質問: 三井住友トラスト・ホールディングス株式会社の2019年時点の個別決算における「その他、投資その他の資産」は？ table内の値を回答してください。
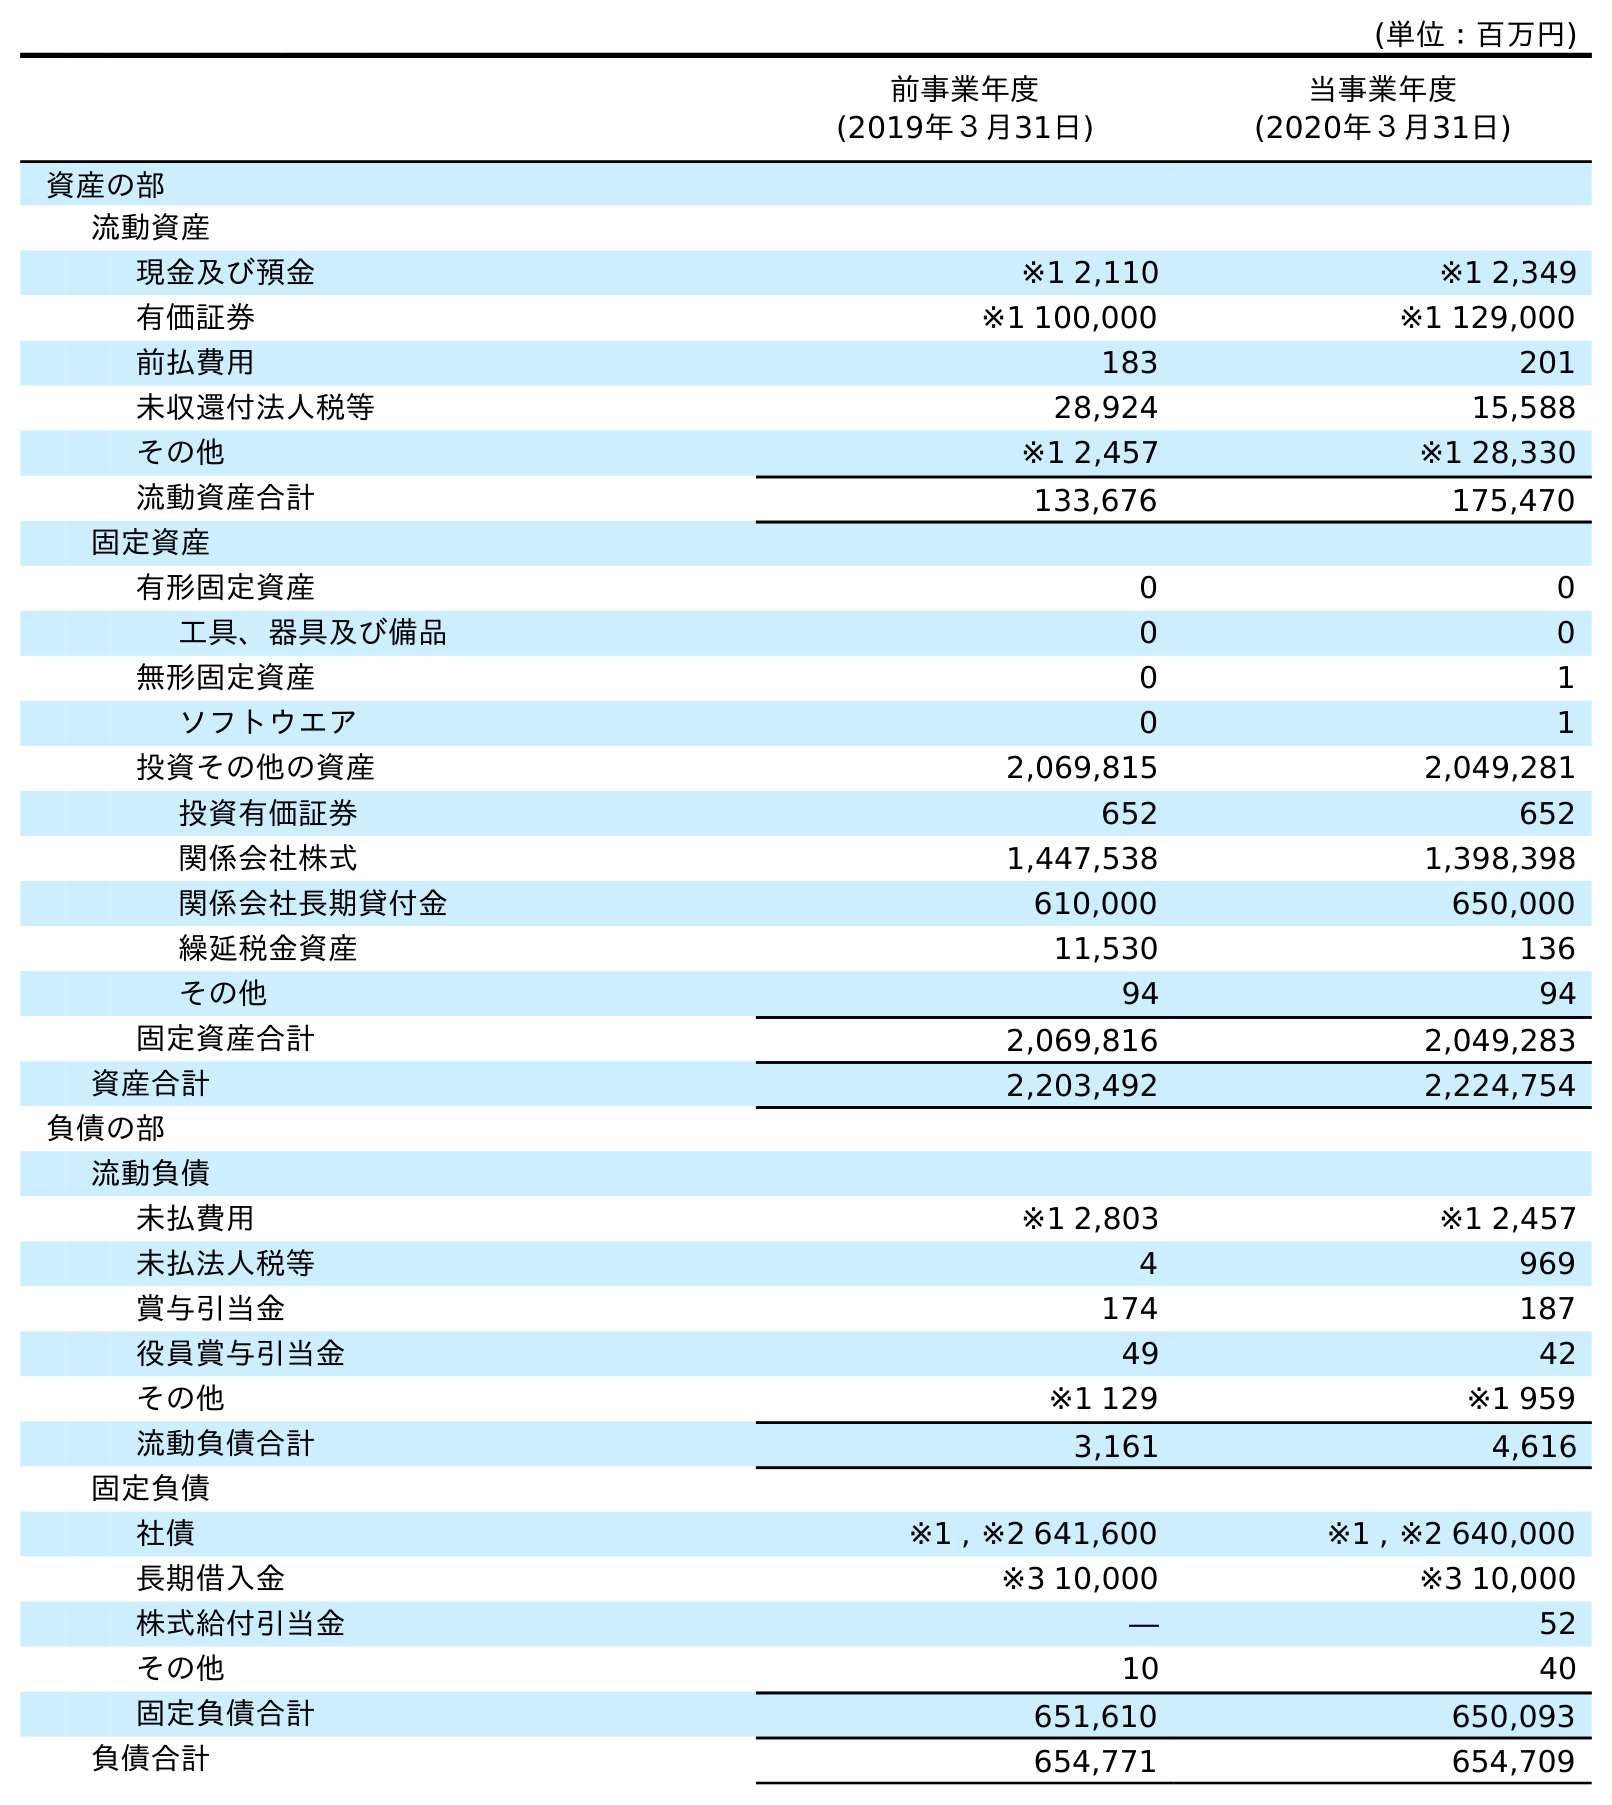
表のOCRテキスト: (単位：百万円) 前事業年度 (2019年３月31日) 当事業年度 (2020年３月31日) 資産の部 流動資産 現金及び預金 ※1 2,110 ※1 2,349 有価証券 ※1 100,000 ※1 129,000 前払費用 183 201 未収還付法人税等 28,924 15,588 その他 ※1 2,457 ※1 28,330 流動資産合計 133,676 175,470 固定資産 有形固定資産 0 0 工具、器具及び備品 0 0 無形固定資産 0 1 ソフトウエア 0 1 投資その他の資産 2,069,815 2,049,281 投資有価証券 652 652 関係会社株式 1,447,538 1,398,398 関係会社長期貸付金 610,000 650,000 繰延税金資産 11,530 136 その他 94 94 固定資産合計 2,069,816 2,049,283 資産合計 2,203,492 2,224,754 負債の部 流動負債 未払費用 ※1 2,803 ※1 2,457 未払法人税等 4 969 賞与引当金 174 187 役員賞与引当金 49 42 その他 ※1 129 ※1 959 流動負債合計 3,161 4,616 固定負債 社債 ※1 , ※2 641,600 ※1 , ※2 640,000 長期借入金 ※3 10,000 ※3 10,000 株式給付引当金 ― 52 その他 10 40 固定負債合計 651,610 650,093 負債合計 654,771 654,709
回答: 94